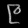
Digit: ၉